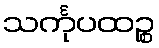
သင်္ကုပထဉ္စ